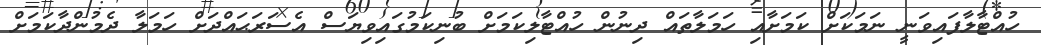
ހުއްޓާލާފައިވަނީ ނަމަކަށް ކަމަށާއި ހަމަލާތައް ދިނުން ހުއްޓާލިކަމަށް ބުނިކަމުގައިވިޔަސް އެސަރަޙައްދަށް ހަމަލާ ދެމުންދާކަމަށް